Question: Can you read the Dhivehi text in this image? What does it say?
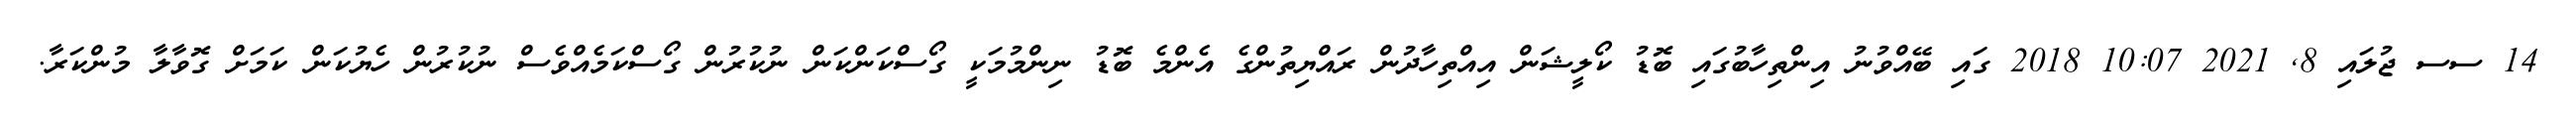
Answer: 14 ސސ ޖުލައި 8, 2021 10:07 2018 ގައި ބޭއްވުނު އިންތިހާބުގައި ބޮޑު ކޯލީޝަން އިއްތިހާދުން ރައްޔިތުންގެ އެންމެ ބޮޑު ނިންމުމަކީ ގޯސްކަންކަން ނުކުރުން ގޯސްކަމެއްވެސް ނުކުރުން ހެޔުކަން ކަމަށް ގޮވާލާ މުންކަރާ.